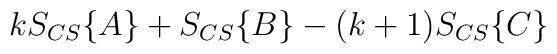
kS_{CS}\{A\} + S_{CS}\{B\} - (k+1)S_{CS}\{C\}